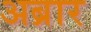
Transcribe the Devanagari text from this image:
अब्रार